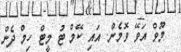
މޫވް އަވޭ ވޮމެން. އައި ކޭމް ޓު މީޓް ހިމް ދެން